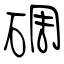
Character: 碉